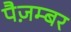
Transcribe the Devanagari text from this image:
पैज़म्बर